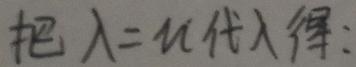
把 $\lambda = u$ 代入得：